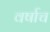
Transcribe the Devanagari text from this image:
वर्षाच